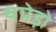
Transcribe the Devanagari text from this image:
थपेड़ो